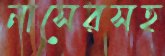
নাসেরসহ